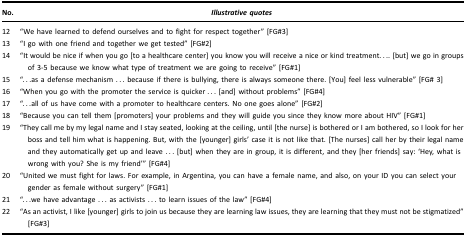
<table><thead><tr><td><b>No.</b></td><td><b><i>Illustrative quotes</i></b></td></tr></thead><tbody><tr><td>12</td><td>“We have learned to defend ourselves and to fight for respect together” [FG#3]</td></tr><tr><td>13</td><td>“I go with one friend and together we get tested” [FG#2]</td></tr><tr><td>14</td><td>“It would be nice if when you go [to a healthcare center] you know you will receive a nice or kind treatment.... [but] we go in groups of 3-5 because we know what type of treatment we are going to receive” [FG#1]</td></tr><tr><td>15</td><td>“...as a defense mechanism ... because if there is bullying, there is always someone there. [You] feel less vulnerable” [FG# 3]</td></tr><tr><td>16</td><td>“When you go with the promoter the service is quicker ... [and] without problems” [FG#4]</td></tr><tr><td>17</td><td>“...all of us have come with a promoter to healthcare centers. No one goes alone” [FG#2]</td></tr><tr><td>18</td><td>“Because you can tell them [promoters] your problems and they will guide you since they know more about HIV” [FG#1]</td></tr><tr><td>19</td><td>“They call me by my legal name and I stay seated, looking at the ceiling, until [the nurse] is bothered or I am bothered, so I look for her boss and tell him what is happening. But, with the [younger] girls’ case it is not like that. [The nurses] call her by their legal name and they automatically get up and leave ... [but] when they are in group, it is different, and they [her friends] say: ‘Hey, what is wrong with you? She is my friend’” [FG#4]</td></tr><tr><td>20</td><td>“United we must fight for laws. For example, in Argentina, you can have a female name, and also, on your ID you can select your gender as female without surgery” [FG#1]</td></tr><tr><td>21</td><td>“...we have advantage ... as activists ... to learn issues of the law” [FG#4]</td></tr><tr><td>22</td><td>“As an activist, I like [younger] girls to join us because they are learning law issues, they are learning that they must not be stigmatized” [FG#3]</td></tr></tbody></table>